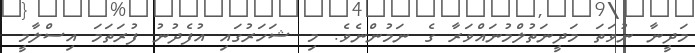
މަދީނާ ނުވަތަ މަދީނަތުލްމުނައްވަރާ ގެ ނަމުންނެވެ. މި ޝަހަރުގައި އުފެދުނު ފުރަތަމަ އިސްލާމީ